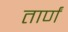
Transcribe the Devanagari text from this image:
तार्णं